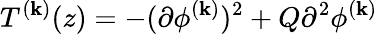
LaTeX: T^{(\mathbf{k})}(z)=-(\partial\phi^{(\mathbf{k})})^{2}+Q\partial^{2}\phi^{(\mathbf{k})}